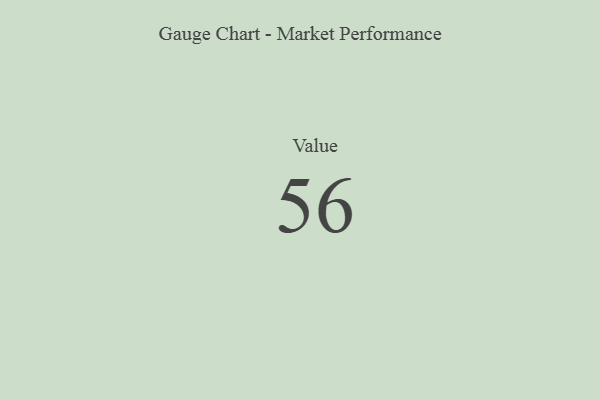
{"axis": {"x": "Metric", "y": "Value"}, "legend": [""], "data": [{"x": "Value", "y": 56, "type": ""}]}